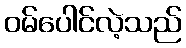
ဝမ်ပေါင်လဲ့သည်